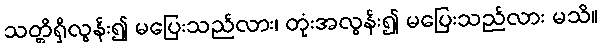
သတ္တိရှိလွန်း၍ မပြေးသည်လား၊ တုံးအလွန်း၍ မပြေးသည်လား မသိ။